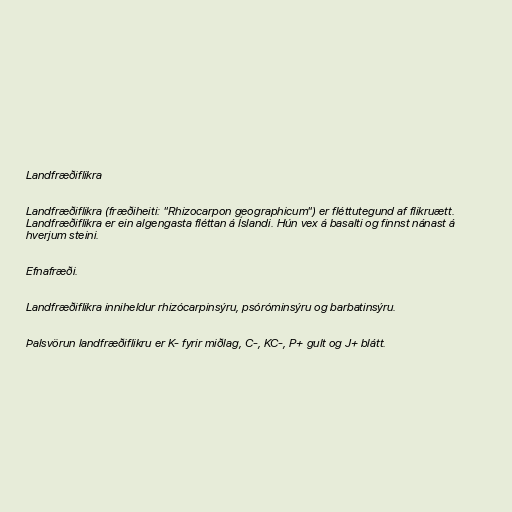
Landfræðiflikra

Landfræðiflikra (fræðiheiti: "Rhizocarpon geographicum") er fléttutegund af flikruætt.
Landfræðiflikra er ein algengasta fléttan á Íslandi. Hún vex á basalti og finnst nánast á
hverjum steini.

Efnafræði.

Landfræðiflikra inniheldur rhizócarpinsýru, psóróminsýru og barbatinsýru.

Þalsvörun landfræðiflikru er K- fyrir miðlag, C-, KC-, P+ gult og J+ blátt.